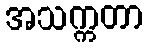
အသက္ကတာ